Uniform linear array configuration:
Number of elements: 64
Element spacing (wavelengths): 0.5
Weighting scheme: hann
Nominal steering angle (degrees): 30
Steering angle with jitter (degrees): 31.672
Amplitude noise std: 0.05
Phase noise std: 0.05

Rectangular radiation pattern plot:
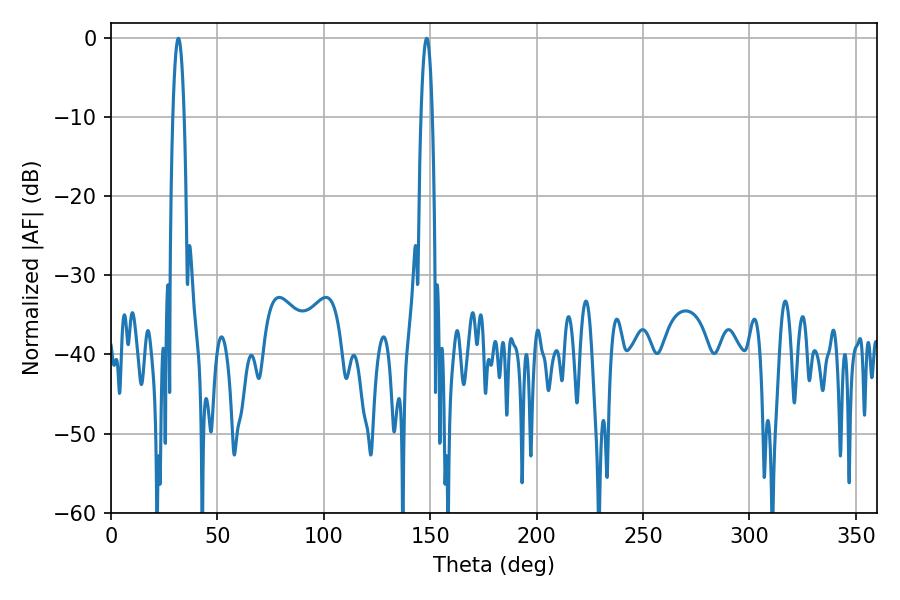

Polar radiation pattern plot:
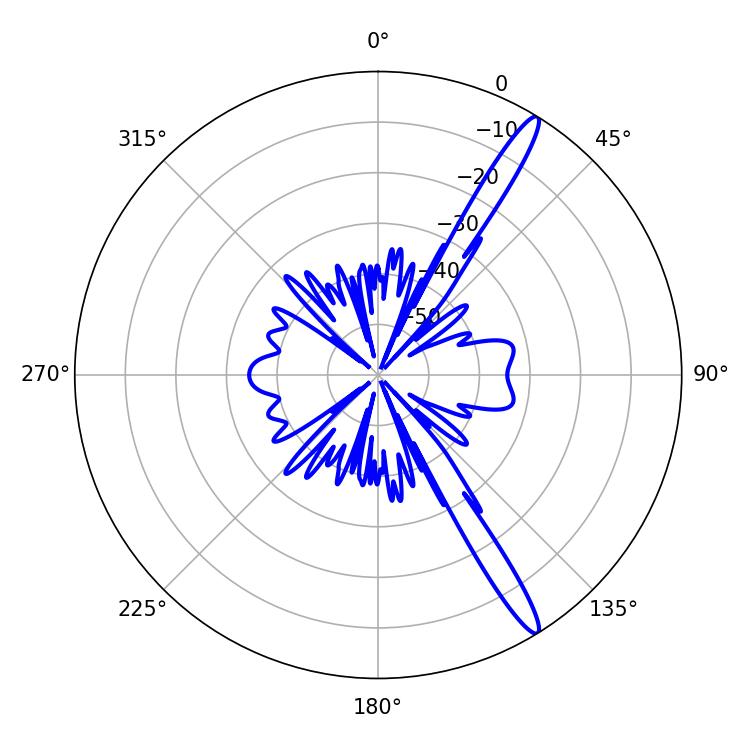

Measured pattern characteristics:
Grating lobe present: FALSE
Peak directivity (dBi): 15.314
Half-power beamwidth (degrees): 2.88
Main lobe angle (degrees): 31.68